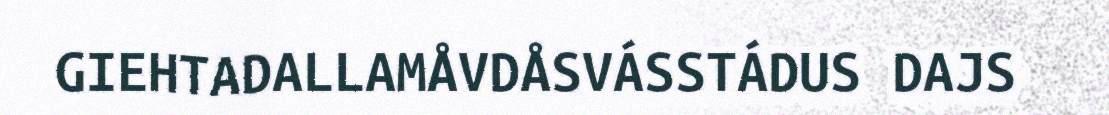
GIEHTADALLAMÅVDÅSVÁSSTÁDUS DAJS